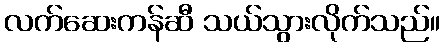
လက်ဆေးကန်ဆီ သယ်သွားလိုက်သည်။